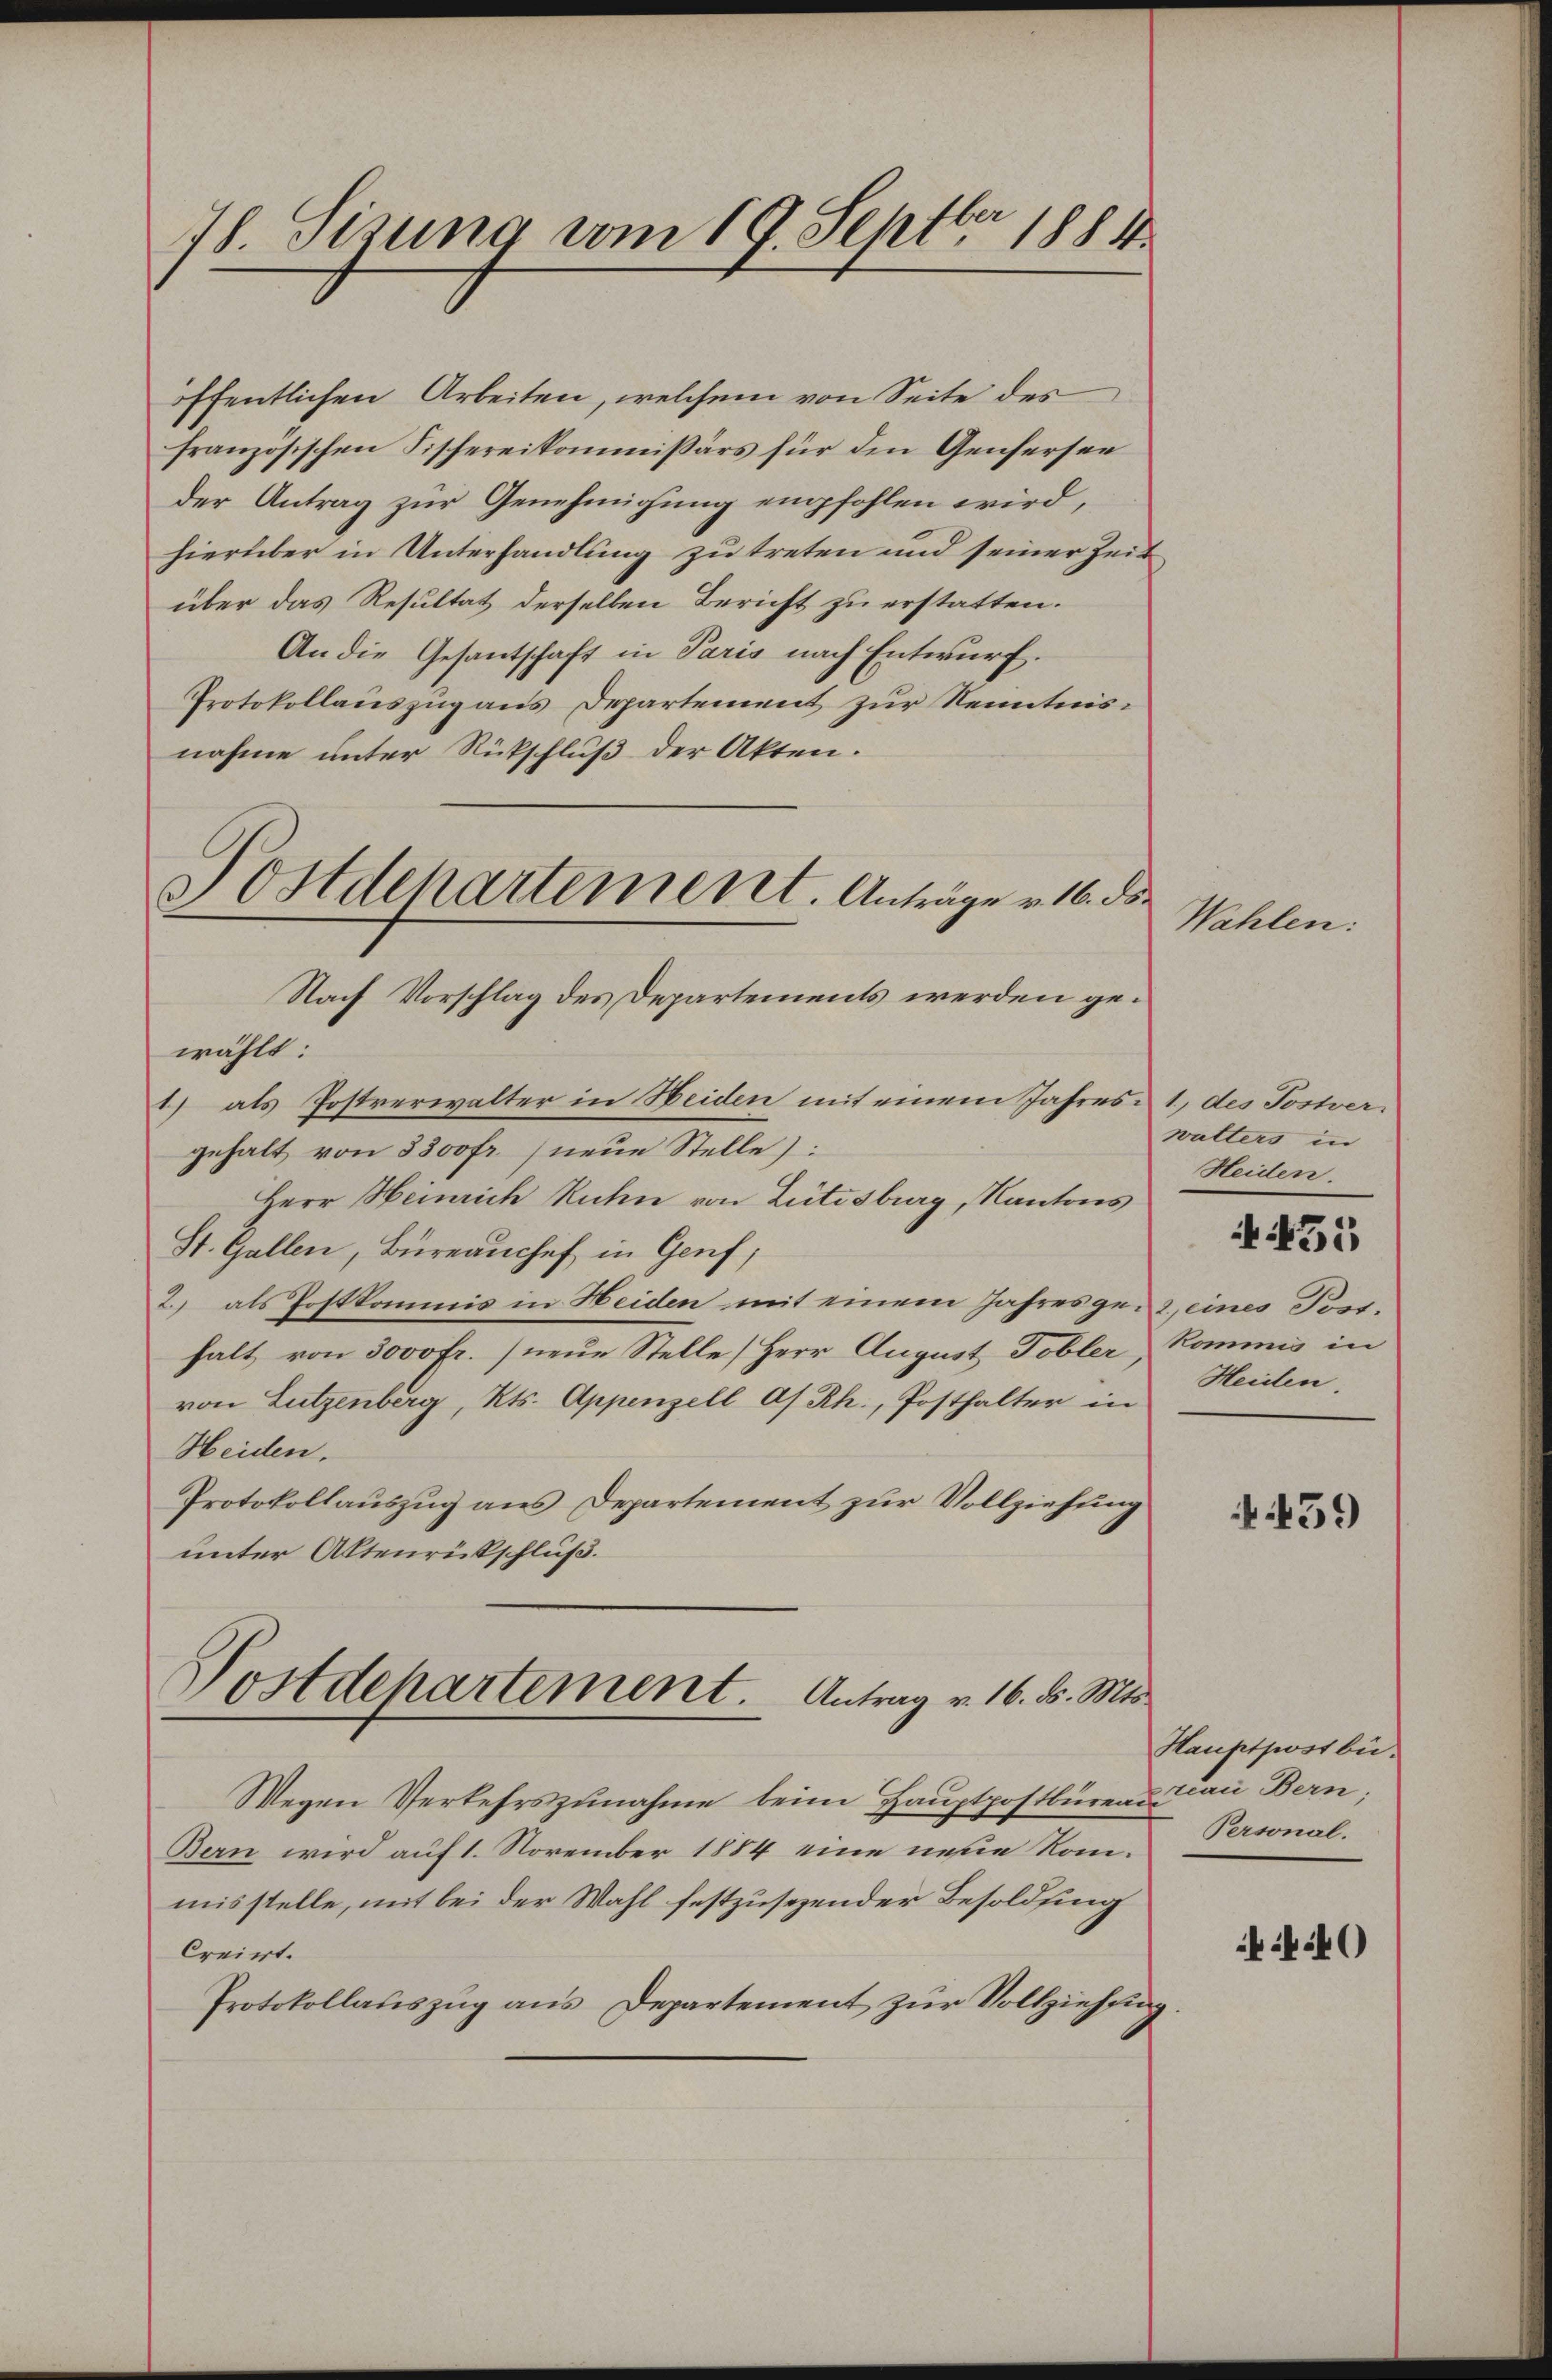
78. Sizung vom 19. Septer 1884.

Postdepartement. Anträge v. 16. ds.

öffentlichen Arbeiten, welchem von Seite des
französischen Fischereikommißärs für den Genfersee
der Antrag zur Genehmigung empfohlen wird,
hierüber in Unterhandlung zu treten und seiner Zeit
über das Resultat derselben Bericht zu erstatten.
An die Gesantschaft in Paris nach Entwurf.
Protokollauszug aus Departement zur Kenntnisnahme unter Rückschluß der Akten.
Nach Vorschlag des Departements werden gewählt:
1) als Postverwalter in Heiden mit einem Jahres 1, des Postvergehalt von 8300fr. neue Stelle):
Herr Heinrich Ruchen von Lütisburg, Kantons
St. Gallen, Büreauchef in Genf,
2) als Postkommis in Heiden mit einem Jahres geiz eines Posthalt von 3000 Fr. neue Stelle (Herr August Tobler, Kommis in
von Lutzenberg, Kts. Appenzell As Rh., Posthalter in
Heiden.
Protokollauszug aus Departement zur Vollziehung
unter Altenrückschluß.
Postdepartement. Antrag v. 16. d. Mts.

Wegen Verkehrszŭnahme beim Hauptpostbureau an Bern,
Bern wird auf 1. November 1884 eine neue Rommisstelle, mit bei der Wahl festzusezender Besoldung
Creiert.
Protokollauszug aus Departement zur Vollziehung

Wahlen

wutters in
Heiden.
Heiden.

A 455

459

Hauptpost bei.
Personal.

ik